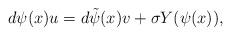
LaTeX: \begin{align*}d\psi(x) u = d\tilde{\psi}(x) v + \sigma Y(\psi(x)),\end{align*}